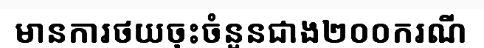
មានការថយចុះចំនួនជាង២០០ករណី